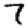
Digit: 7